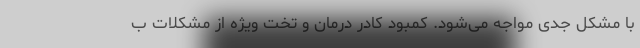
با مشکل جدی مواجه می‌شود. کمبود کادر درمان و تخت ویژه از مشکلات ب